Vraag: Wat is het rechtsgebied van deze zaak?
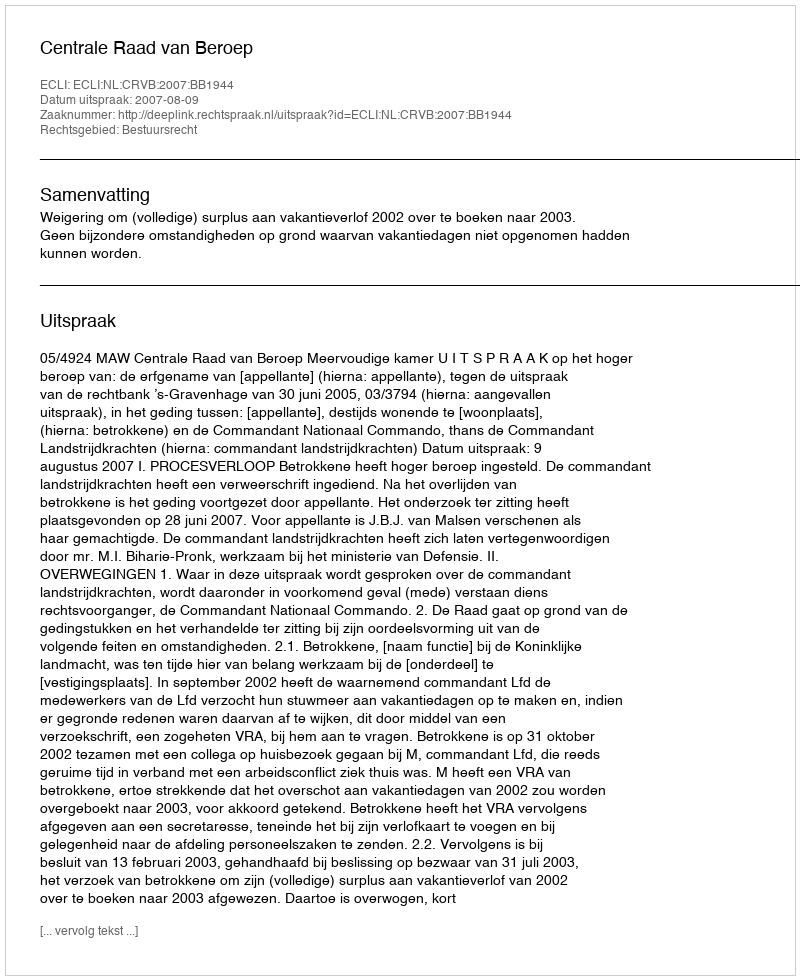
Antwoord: Bestuursrecht